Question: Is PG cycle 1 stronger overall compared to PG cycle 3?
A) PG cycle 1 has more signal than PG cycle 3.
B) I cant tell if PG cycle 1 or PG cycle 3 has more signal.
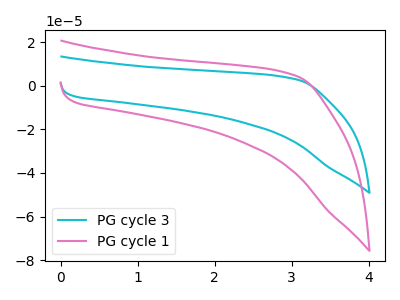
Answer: <think>The cyan curve "PG cycle 3" has no peaks. The pink curve "PG cycle 1" has no peaks.
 Neither "PG cycle 1" or "PG cycle 3" have any peaks.</think>
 <answer>B) I cant tell if "PG cycle 1" or "PG cycle 3" has more signal.</answer>
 <eval>B</eval>